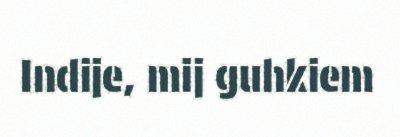
Indije, mij guhkiem